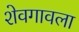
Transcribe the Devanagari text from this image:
शेवगावला